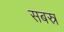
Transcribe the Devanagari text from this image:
सबस्र